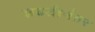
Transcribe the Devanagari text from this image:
लढतीनंतर